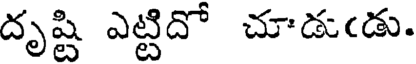
దృష్టి ఎట్టిదో చూడుఁడు.